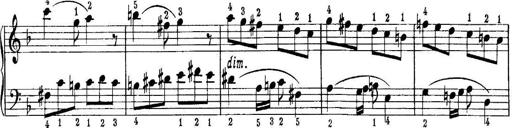
Title: Quatres sonatines
Composer: Tadeusz Joteyko